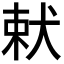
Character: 𭸋